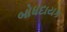
બોધદાયક